Lock hospitals Punjab
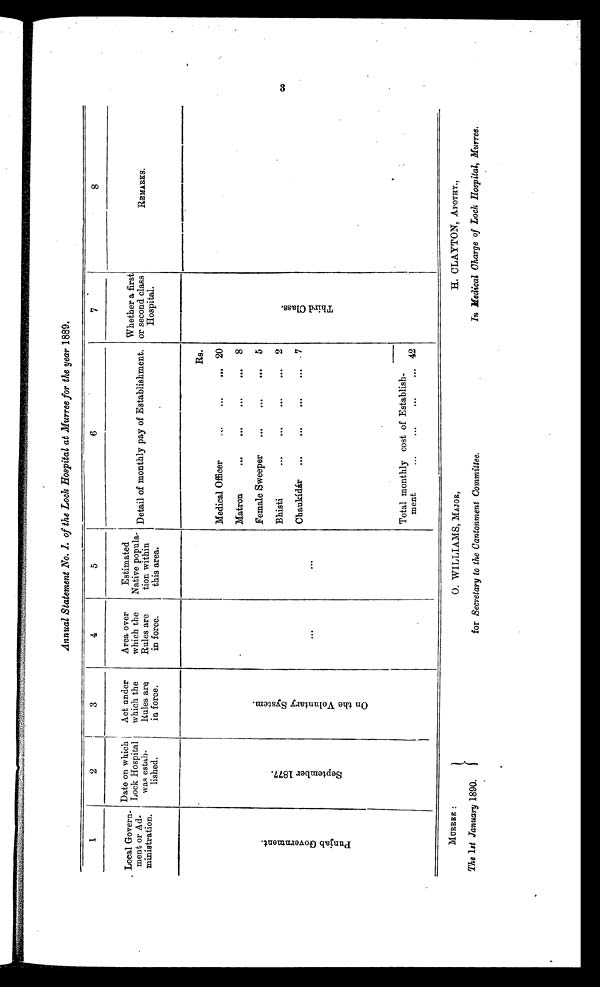
Annual Statement No. 1. of the Lock Hospital at Murree for the year 1889.
1
2
3
4
5
6
7
8
Local Govern-
ment or Ad-
ministration.
Date on which
Lock Hospital
was estab-
lished.
Act under
which the
Rules are
in force.
Area over
which the
Rules are
in force.
Estimated
Native popula-
tion within
this area.
Detail of monthly pay of Establishment.
Whether a first
or second class
Hospital.
REMARKS.
P u n j a b G o v e r n m e n t .
S e p t e mb e r 1 8 7 7 .
O n t h e V o l u n t a r y S y s t e m .
. . .
. . .
Rs.
T h i r d C l a s s .
Medical Officer
. . .
. . .
. . .
20
Matron
...
. . .
. . .
. . . 8
Female Sweeper
. . .
. . .
. . .
5
Bhisti
...
. . .
. . .
...
2
Chaukídár ...
. . .
...
. . .
7
Total monthly cost of Establish-
ment
...
... ...
... 42
MURREE : O. WILLIAMS, MAJOR, H. CLAYTON, APOTHY.,
The 1st January 1890.
for Secretary to the Cantonment Committee.
In Medical Charge of Lock Hospital, Murree.
3